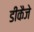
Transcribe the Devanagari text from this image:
डीकैजे